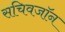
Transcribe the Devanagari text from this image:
सचिवजॉन